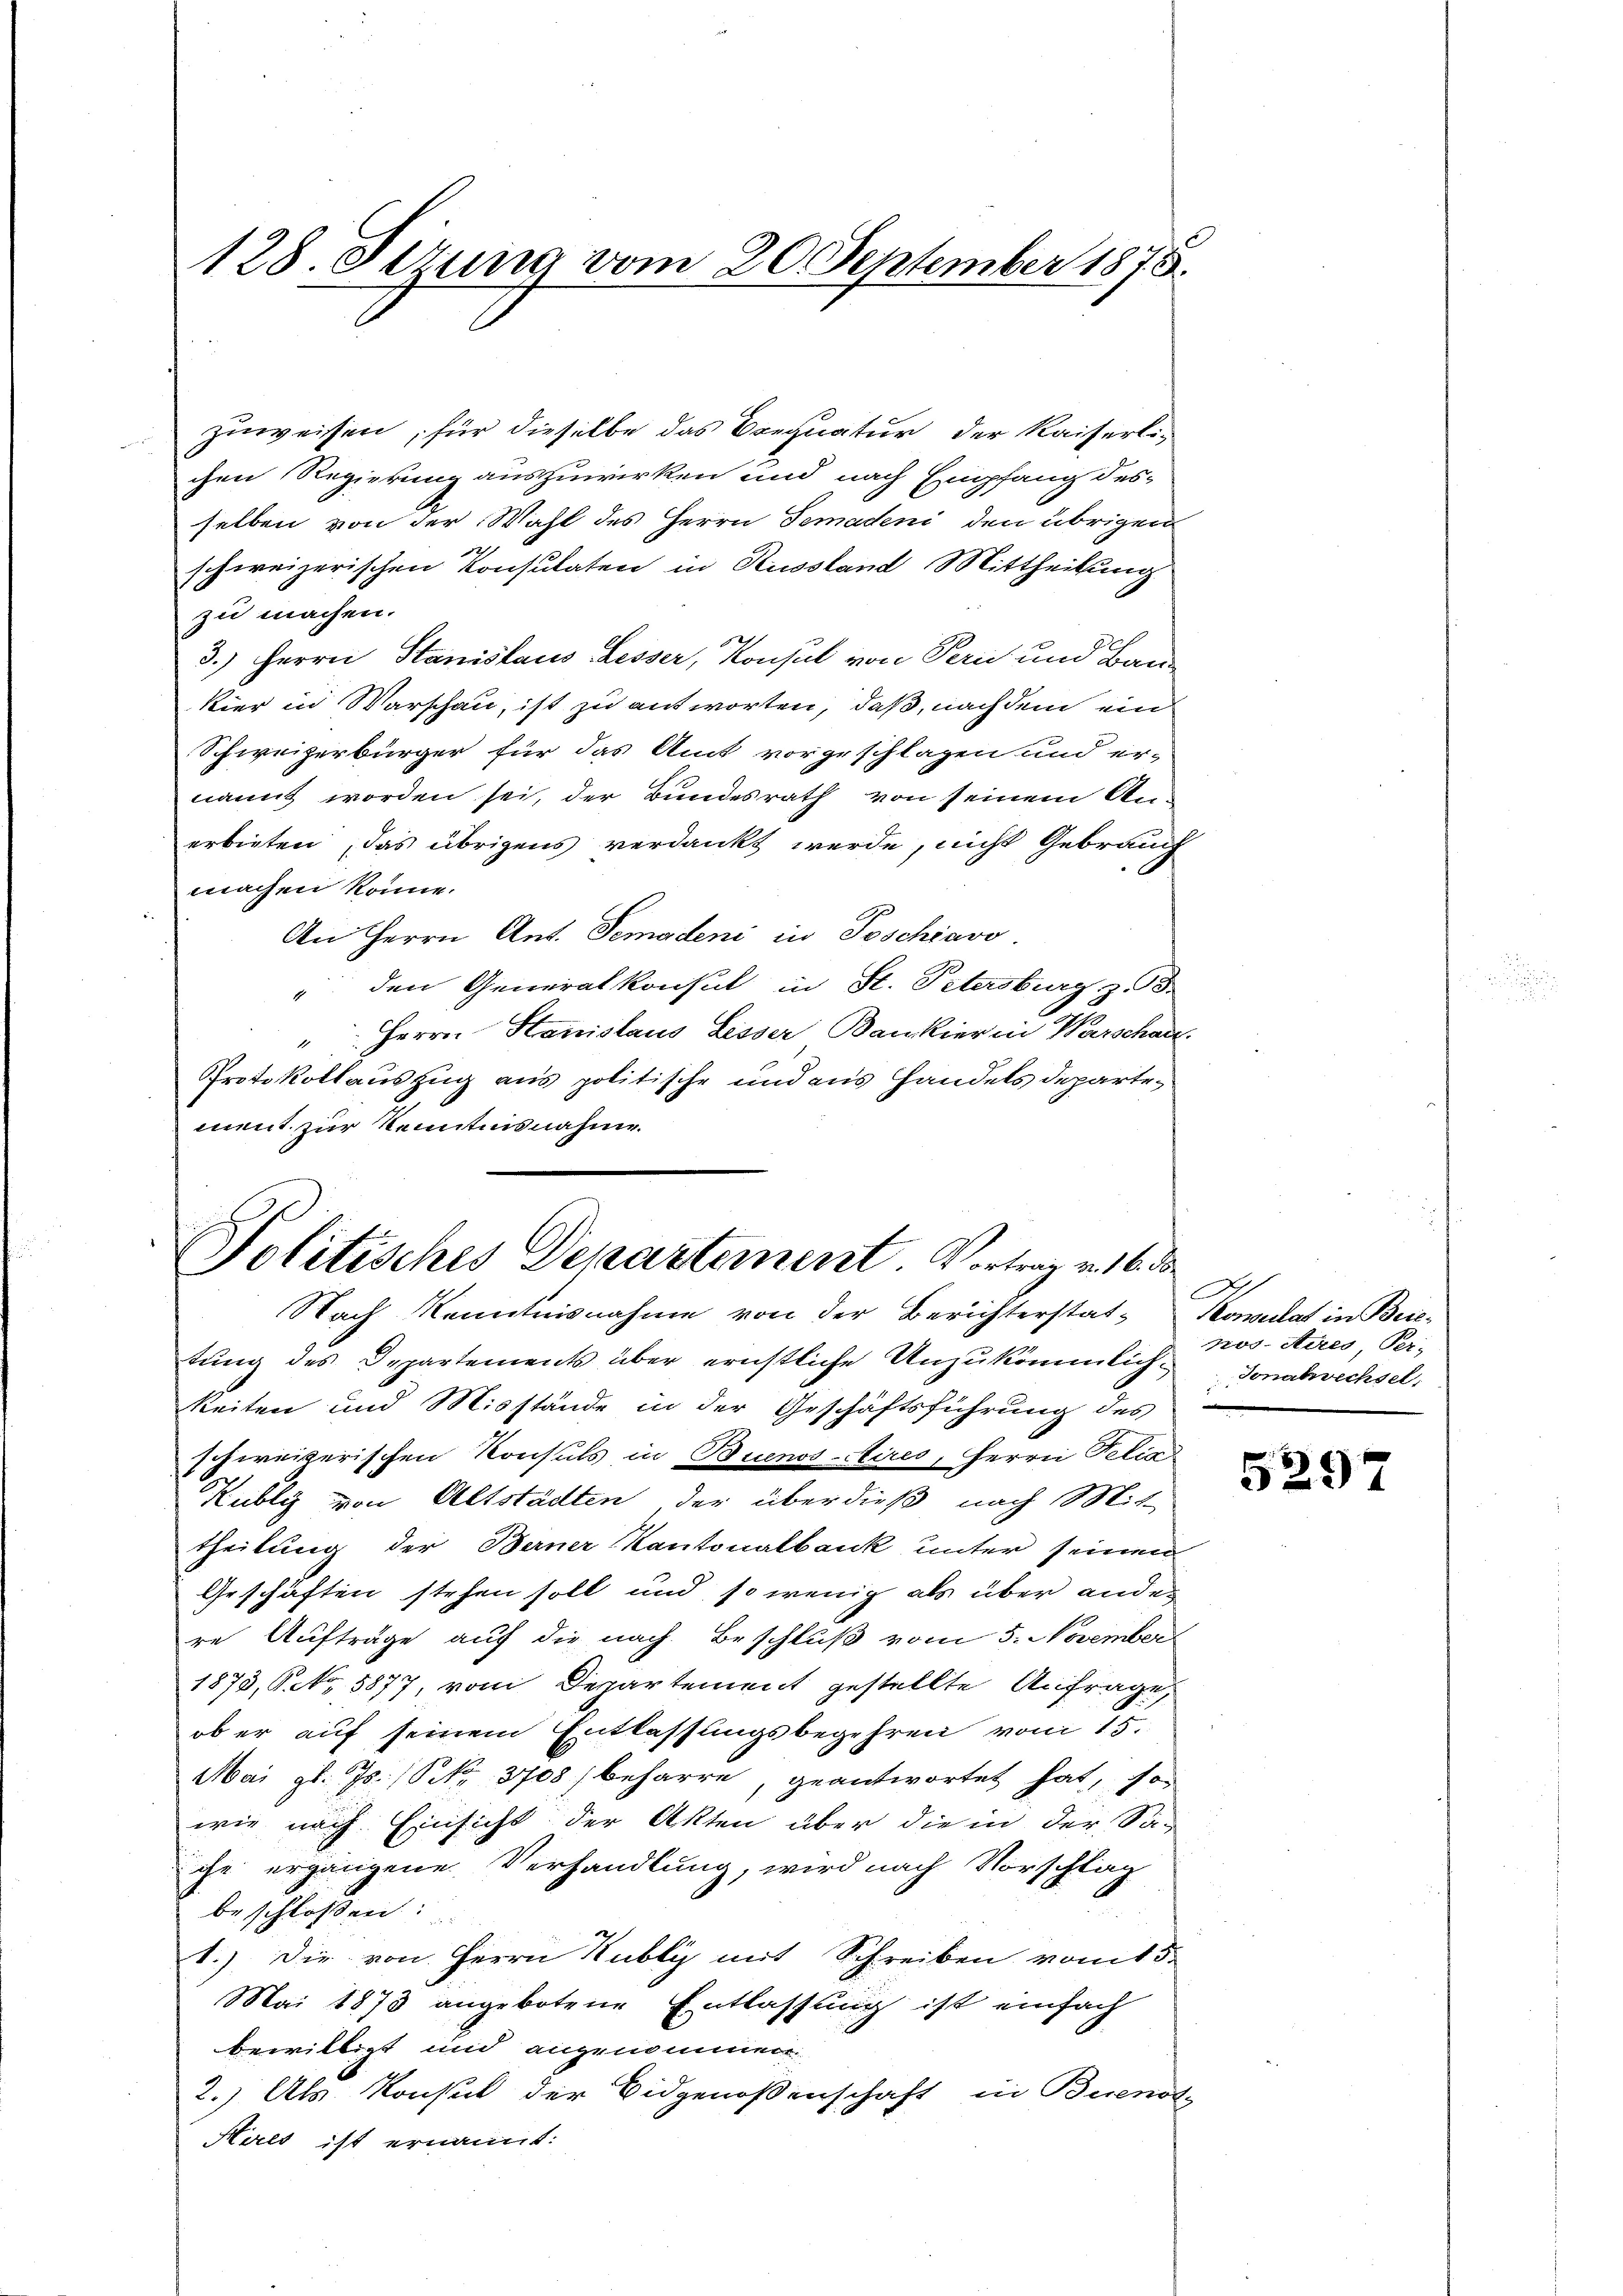
128. Ottung vom 20. September 1875.

zuweisen, für dieselbe das requatur der Kaiserli-
chen Regierung auszuwirken und nach Empfang desselben von der Wahl des Herrn Semadeni den übrigen
.
schweizerischen Konsulaten in Russland Mittheilung
zu machen.
3.) Herrn Stanislaus Lesser, Konsul von Peri und Bau-
kier in Warschau, ist zu antworten, daß, nach dem ein
Schweizerbürger für das Amt vorgeschlagen und er-
nannt worden sei, der Bundesrath von seinem Anerbieten, das übrigens verdankt werde, nicht Gebrauch
machen könne.
An Herrn Ant. Semadeni in Poschiavo
" den Generalkonsul in St. Petersburg z. 3.
" Herrn Hanislaus Lisser Bankier in Warschau
Protokollauszug aus politische und aus Handels departement zur Kenntnisnahme.

Politisches Departement. Vortrag v. 16. d.
Nach Kenntnisnahme von der Berichterstat- Konsulat in Brie-

tung des Departements über ernstliche Unzukömmlichkeiten und Misstände in der Geschäftsführung des
schweizerischen Konsuls in Buenos-Aires, Herrn Petia
Kubli von Altstädten der überdieß nach Mit-
theilung der Berner Kantonalbank unter seinen
Geschäften stehen soll und so wenig als über ander
re Aufträge auf die nach Beschluß vom 5. November
1873, S. 5877, vom Departement gestellte Anfrage,
ob er auf seinem Entlassungsbegehren vom 15.
Mai gl. Js. (S. 3708) beharre, geantwortet hat, so
wie nach Einsicht der Akten über die in der Sa-
che ergangene Verhandlung, wird nach Vorschlag
beschlossen:
1.) Die von Herrn Hubly mit Schreiben vom 15.
Mai 1873 angebotene Entlassung ist einfach
bewilligt und angenommen.
2.) Als Konsul der Eidgenoßenschaft in Buenot-
Hals ist ernannt:

E
pos. Sies Per-
Jonabwechsel.

x
5297